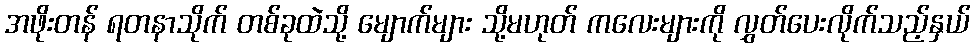
အဖိုးတန် ရတနာသိုက် တစ်ခုထဲသို့ မျောက်များ သို့မဟုတ် ကလေးများကို လွှတ်ပေးလိုက်သည့်နှယ်